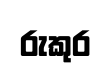
රුකුර